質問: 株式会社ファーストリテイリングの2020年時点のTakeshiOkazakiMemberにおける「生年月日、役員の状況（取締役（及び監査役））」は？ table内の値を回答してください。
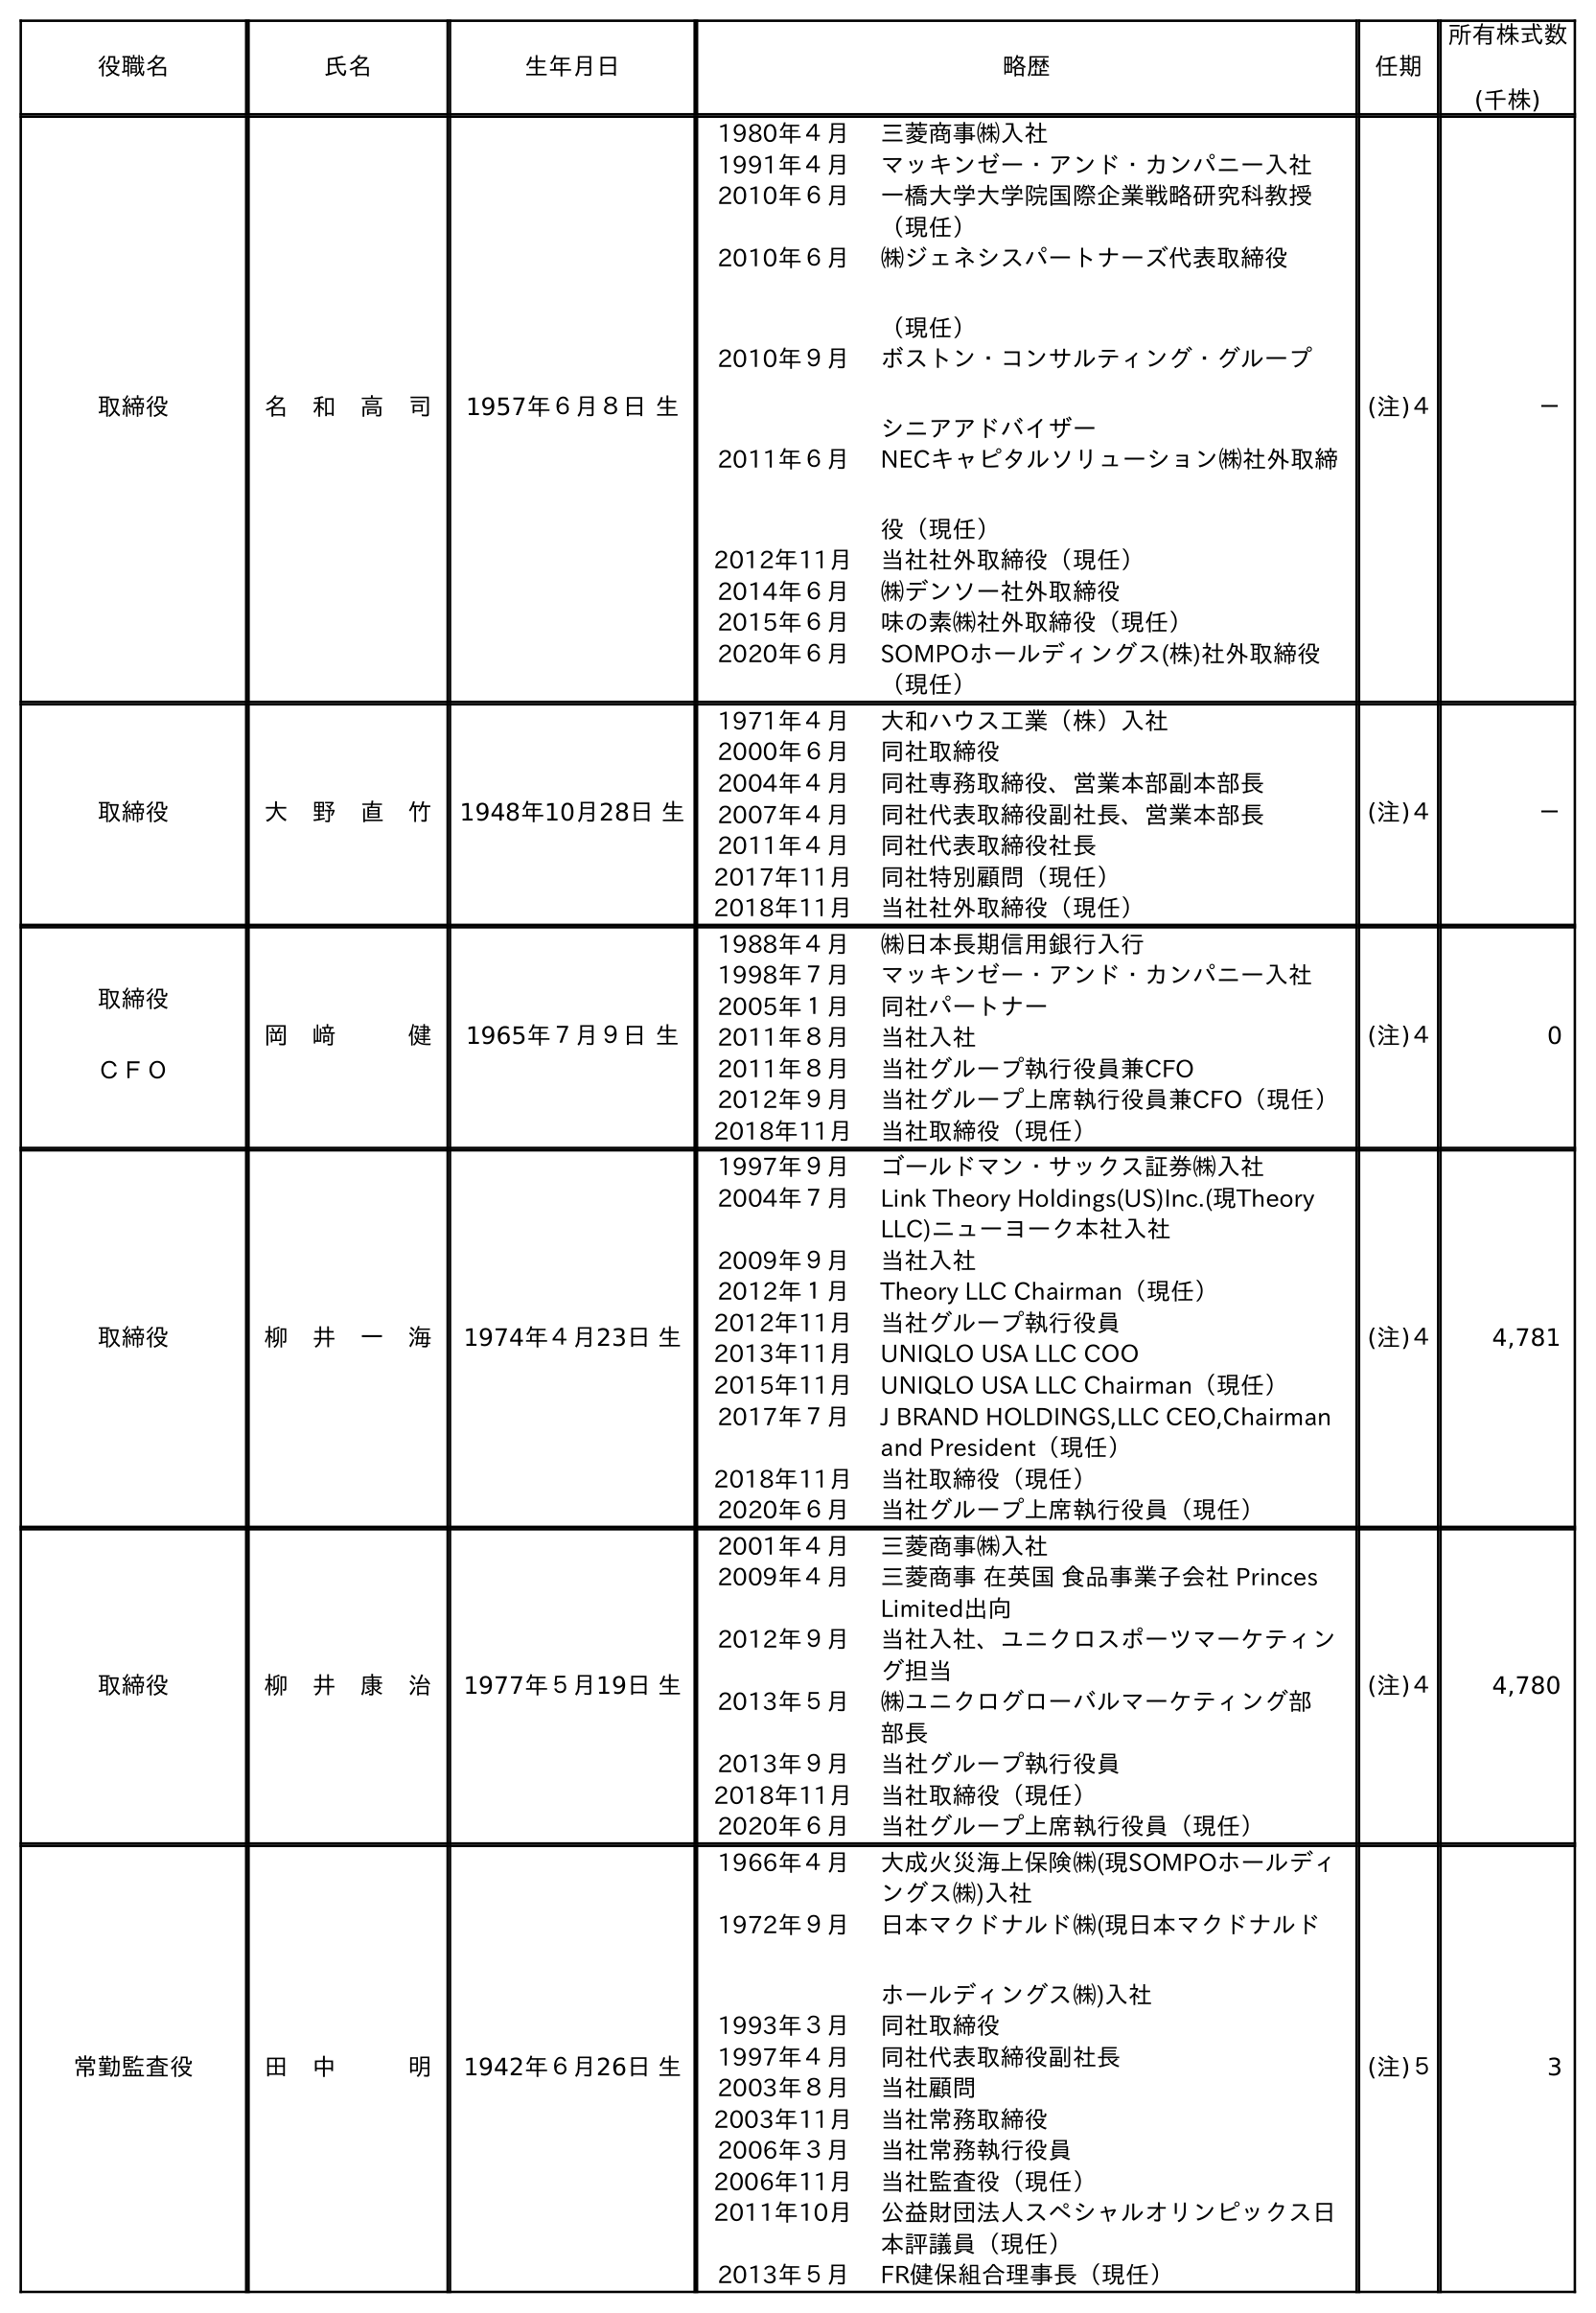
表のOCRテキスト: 役職名 氏名 生年月日 略歴 任期 所有株式数 (千株) 取締役 名 和 高 司 1957年６月８日 生 1980年４月 三菱商事㈱入社 1991年４月 マッキンゼー・アンド・カンパニー入社 2010年６月 一橋大学大学院国際企業戦略研究科教授 （現任） 2010年６月 ㈱ジェネシスパートナーズ代表取締役 （現任） 2010年９月 ボストン・コンサルティング・グループ シニアアドバイザー 2011年６月 NECキャピタルソリューション㈱社外取締 役（現任） 2012年11月 当社社外取締役（現任） 2014年６月 ㈱デンソー社外取締役 2015年６月 味の素㈱社外取締役（現任） 2020年６月 SOMPOホールディングス(株)社外取締役 （現任） (注)４ － 取締役 大 野 直 竹 1948年10月28日 生 1971年４月 大和ハウス工業（株）入社 2000年６月 同社取締役 2004年４月 同社専務取締役、営業本部副本部長 2007年４月 同社代表取締役副社長、営業本部長 2011年４月 同社代表取締役社長 2017年11月 同社特別顧問（現任） 2018年11月 当社社外取締役（現任） (注)４ － 取締役 ＣＦＯ 岡 﨑   健 1965年７月９日 生 1988年４月 ㈱日本長期信用銀行入行 1998年７月 マッキンゼー・アンド・カンパニー入社 2005年１月 同社パートナー 2011年８月 当社入社 2011年８月 当社グループ執行役員兼CFO 2012年９月 当社グループ上席執行役員兼CFO（現任） 2018年11月 当社取締役（現任） (注)４ 0 取締役 柳 井 一 海 1974年４月23日 生 1997年９月 ゴールドマン・サックス証券㈱入社 2004年７月 Link Theory Holdings(US)Inc.(現Theory LLC)ニューヨーク本社入社 2009年９月 当社入社 2012年１月 Theory LLC Chairman（現任） 2012年11月 当社グループ執行役員 2013年11月 UNIQLO USA LLC COO 2015年11月 UNIQLO USA LLC Chairman（現任） 2017年７月 J BRAND HOLDINGS,LLC CEO,Chairman and President（現任） 2018年11月 当社取締役（現任） 2020年６月 当社グループ上席執行役員（現任） (注)４ 4,781 取締役 柳 井 康 治 1977年５月19日 生 2001年４月 三菱商事㈱入社 2009年４月 三菱商事 在英国 食品事業子会社 Princes Limited出向 2012年９月 当社入社、ユニクロスポーツマーケティン グ担当 2013年５月 ㈱ユニクログローバルマーケティング部 部長 2013年９月 当社グループ執行役員 2018年11月 当社取締役（現任） 2020年６月 当社グループ上席執行役員（現任） (注)４ 4,780 常勤監査役 田 中   明 1942年６月26日 生 1966年４月 大成火災海上保険㈱(現SOMPOホールディ ングス㈱)入社 1972年９月 日本マクドナルド㈱(現日本マクドナルド ホールディングス㈱)入社 1993年３月 同社取締役 1997年４月 同社代表取締役副社長 2003年８月 当社顧問 2003年11月 当社常務取締役 2006年３月 当社常務執行役員 2006年11月 当社監査役（現任） 2011年10月 公益財団法人スペシャルオリンピックス日 本評議員（現任） 2013年５月 FR健保組合理事長（現任） (注)５ 3
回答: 1965年７月９日生